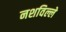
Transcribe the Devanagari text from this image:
नशविल्ले